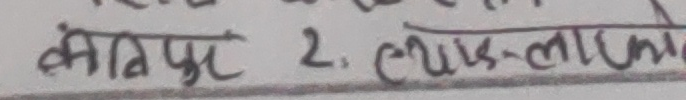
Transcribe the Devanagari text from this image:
कतिपूर २. त्यसलाईक